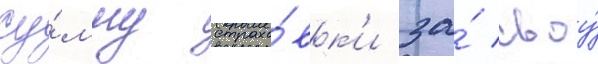
су́мму страхо́вк'и за́ своу́